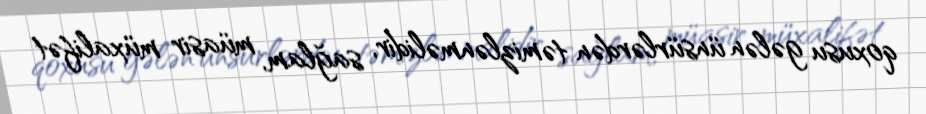
qoxusu gələn ünsürlərdən təmizlənməlidir, sağlam, müasir müxalifət